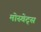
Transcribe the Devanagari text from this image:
मोस्चेट्स